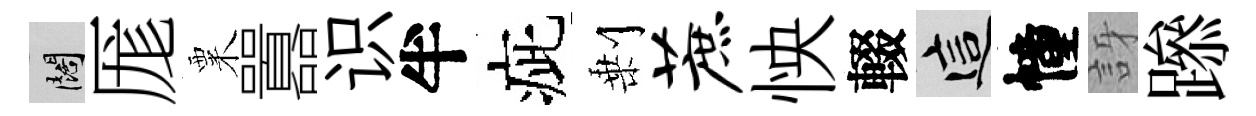
闊厖粟囂识半疵剰蔗怏輟這幢訝𨅶